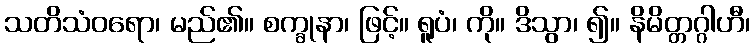
သတိသံဝရော၊ မည်၏။ စက္ခုနာ၊ ဖြင့်။ ရူပံ၊ ကို။ ဒိသွာ၊ ၍။ နိမိတ္တဂ္ဂါဟီ၊